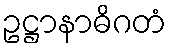
ဥဋ္ဌာနာဓိဂတံ